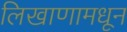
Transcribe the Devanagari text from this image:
लिखाणामधून